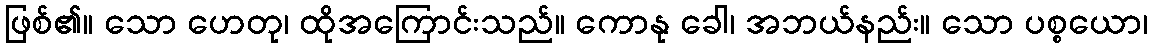
ဖြစ်၏။ သော ဟေတု၊ ထိုအကြောင်းသည်။ ကောနု ခေါ၊ အဘယ်နည်း။ သော ပစ္စယော၊